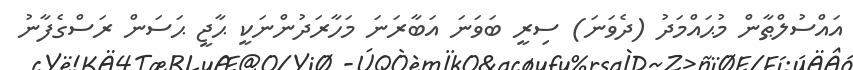
އައްސުލްޠާން މުޙައްމަދު (ދެވަނަ) ސިރީ ބަވަނަ އަބާރަނަ މަހާރަދުންނަކީ ޙާޖީ ޙަސަން ރަސްގެފާނު